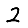
Digit: 2